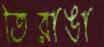
তিরাঙা